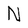
Character: N